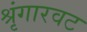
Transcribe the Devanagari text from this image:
श्रृंगारवट